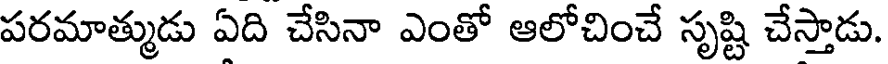
పరమాత్ముడు ఏది చేసినా ఎంతో ఆలోచించే సృష్టి చేస్తాడు.